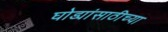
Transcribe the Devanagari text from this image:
घोड्यांसाठीच्या